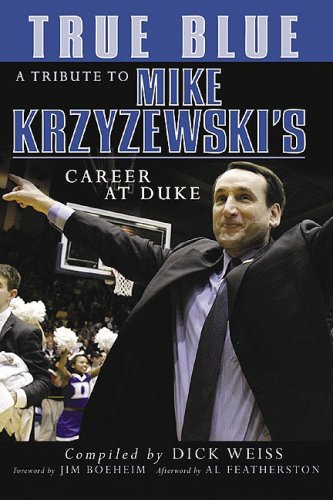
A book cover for True Blue : A Tribute to Mike Krzyzewski's Career at Duke; Dick Weiss; Sports & Outdoors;